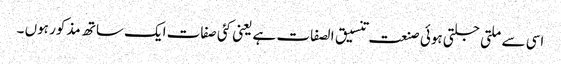
اسی سے ملتی جلتی ہوئی صنعت تنسیق الصفات ہے یعنی کئی صفات ایک ساتھ مذکور ہوں ۔